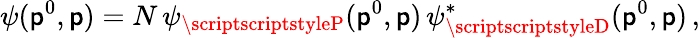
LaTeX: \psi(\mathsf{p}^{0},{\mathbf{\mathsf{p}}})=N\, \psi_{\scriptscriptstyleP}(\mathsf{p}^{0},{\mathbf{\mathsf{p}}})\, \psi_{\scriptscriptstyleD}^{*}(\mathsf{p}^{0},{\mathbf{\mathsf{p}}})\, ,